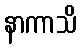
နာကာသိ